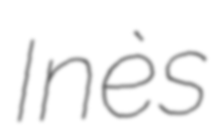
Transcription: Inès